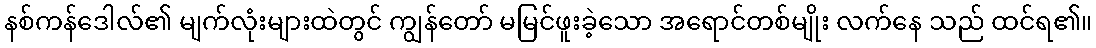
နစ်ကန်ဒေါလ်၏ မျက်လုံးများထဲတွင် ကျွန်တော် မမြင်ဖူးခဲ့သော အရောင်တစ်မျိုး လက်နေ သည် ထင်ရ၏။